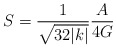
\begin{align*} S = \frac{1}{\sqrt{32|k|}} \frac{A}{4G}\end{align*}